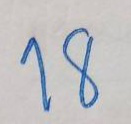
18